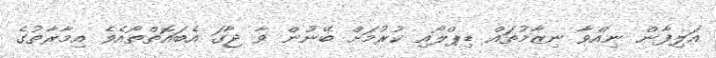
އަލިފާން ނިއްވާ ނިޒާމުތައް ޑިޕްލޯއި ކުރުމަށް ބޭނުން ވާ ޖާގަ އެބައޮތްތޯއެވެ އިމާރާތުގެ